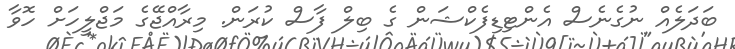
ބަދަލެއް ނުގެނެސް އެންޓިޑިފެކްޝަން ގެ ބިލް ފާސް ކުރަން. މިރާއްޖޭގެ މަޖްލީހަށް ހޮވާ